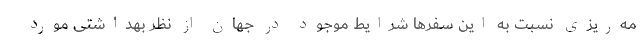
مه‌ریزی نسبت به این سفرها شرایط موجود در جهان از نظر بهداشتی مورد